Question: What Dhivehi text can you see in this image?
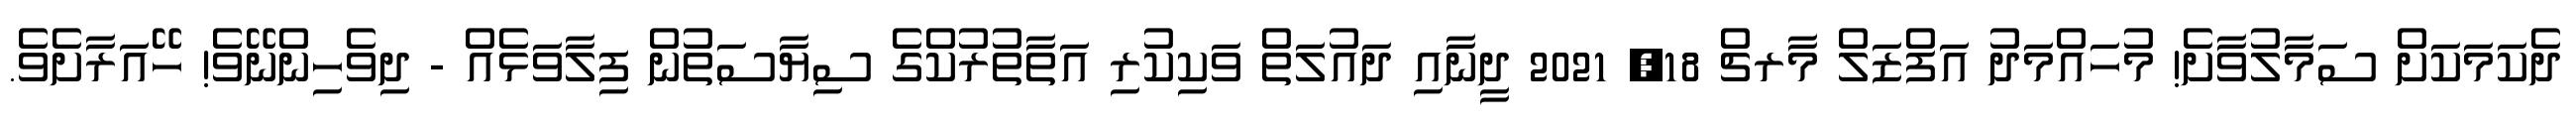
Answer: ދެކަމަކަށް ސަމާލުވާށެ! މުހައްމަދު އަފްޒަލް މާރޗް 18, 2021 ދީނާއި ދައުލަތް ވަކިކުރި އަތާތުރުކްގެ ސިޔާސަތުން ފިލާވަޅެއް - ދިވެހިންނޭވެ! ހޭއަރާށެވެ.